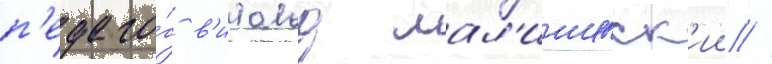
п'едаго́г в'итольд мал'ишевск'ии //